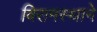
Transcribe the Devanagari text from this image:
विरामस्थाने